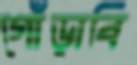
গোঁড়াবি